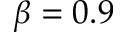
\beta = 0 . 9